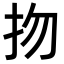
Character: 𢪱